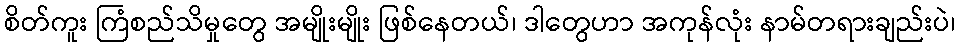
စိတ်ကူး ကြံစည်သိမှုတွေ အမျိုးမျိုး ဖြစ်နေတယ်၊ ဒါတွေဟာ အကုန်လုံး နာမ်တရားချည်းပဲ၊